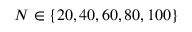
N \in \{ 2 0 , 4 0 , 6 0 , 8 0 , 1 0 0 \}